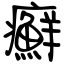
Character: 癬